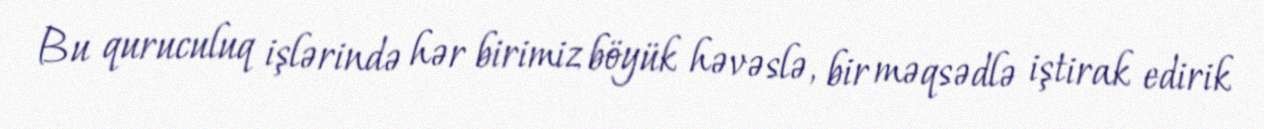
Bu quruculuq işlərində hər birimiz böyük həvəslə, bir məqsədlə iştirak edirik